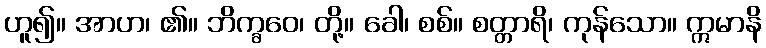
ဟူ၍။ အာဟ၊ ၏။ ဘိက္ခဝေ၊ တို့။ ခေါ၊ စစ်။ စတ္တာရိ၊ ကုန်သော။ ဣမာနိ